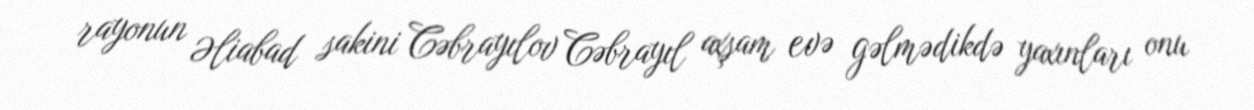
rayonun Əliabad sakini Cəbrayılov Cəbrayıl axşam evə gəlmədikdə yaxınları onu